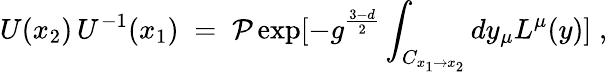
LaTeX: U(x_{2})\, U^{-1}(x_{1})\; =\; {\cal P}\exp[-g^{\frac{3-d}{2}}\int_{C_{x_{1}\to x_{2}}}dy_{\mu}L^{\mu}(y)]\; ,